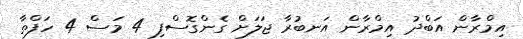
އިމްރާން އަބްދު އިމްރާން އަނބުރާ ޖަލަށް ގެންގޮސްފި 4 މަސް 4 ހަފްތާ